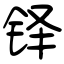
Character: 铎